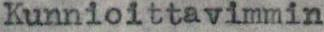
Kunnioittavimmin